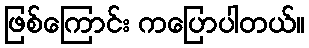
ဖြစ်ကြောင်း ကပြောပါတယ်။